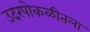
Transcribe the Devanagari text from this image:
उदरपोकळीतला